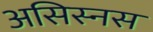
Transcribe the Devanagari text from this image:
असिस्नस